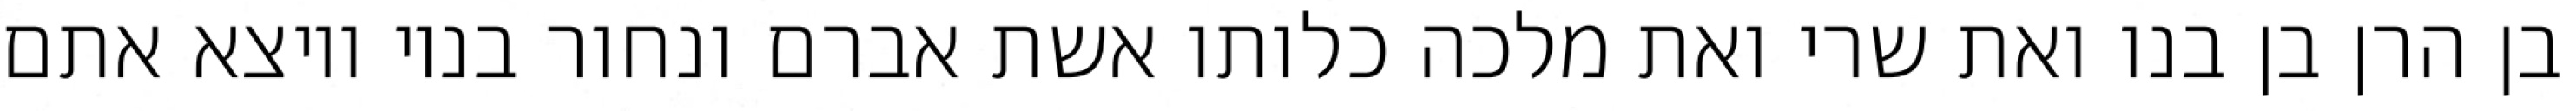
בן הרן בן בנו ואת שרי ואת מלכה כלותו אשת אברם ונחור בניו ויוצא אתם